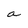
Character: a